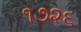
૧૭૨૬